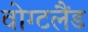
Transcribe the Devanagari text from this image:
वोग्टलैंड